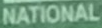
NATIONAL